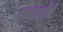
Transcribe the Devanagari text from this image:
गया।मैने